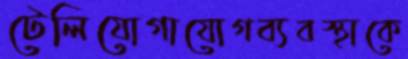
টেলিযোগাযোগব্যবস্থাকে